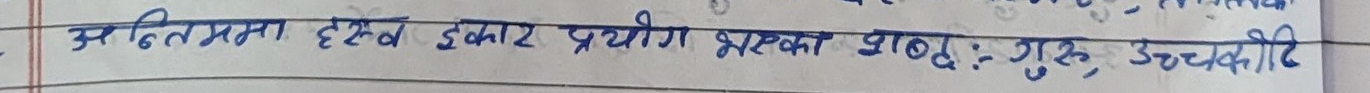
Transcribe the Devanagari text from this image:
अधिकतममा हस्व ईकार प्रयोग भएका शब्दः गुरु, उच्चारिति